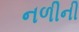
નળીની